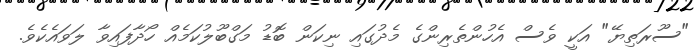
"ސޫރަތިޔޭ" އަކީ ވެސް އެހުންތެރިންގެ މެދުގައި ނިކަން ބޮޑު މަގްބޫލުކަމެއް ހޯދާފައިވާ ލަވައެކެވެ.